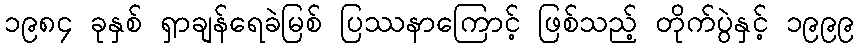
၁၉၈၄ ခုနှစ် ရှာချန်ရေခဲမြစ် ပြဿနာကြောင့် ဖြစ်သည့် တိုက်ပွဲနှင့် ၁၉၉၉